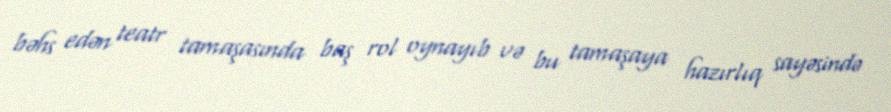
bəhs edən teatr tamaşasında baş rol oynayıb və bu tamaşaya hazırlıq sayəsində